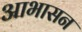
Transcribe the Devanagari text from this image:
आभासन